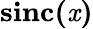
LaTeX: \textbf{sinc(\textit{x})}